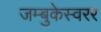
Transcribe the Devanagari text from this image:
जम्बुकेस्वरर